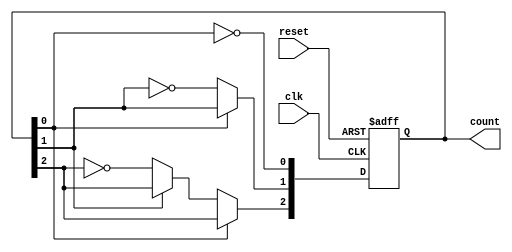
module async_counter (
    input wire clk,        // Clock input
    input wire reset,      // Asynchronous reset
    output reg [n-1:0] count // n-bit counter output
);
    parameter n = 3; // Number of bits in the counter (3 for a 3-bit counter)

    // Always block for the counter logic
    always @(posedge clk or posedge reset) begin
        if (reset) begin
            count <= 0; // Reset the counter to 0
        end else begin
            // Ripple counter logic
            count[0] <= ~count[0]; // Toggle LSB
            if (count[0] == 1'b0) begin
                count[1] <= ~count[1]; // Toggle next bit if LSB is 0
                if (count[1] == 1'b0) begin
                    count[2] <= ~count[2]; // Toggle next bit if second bit is 0
                    // Add more bits if n > 3
                end
            end
        end
    end
endmodule